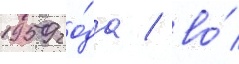
1959 го́да / во́